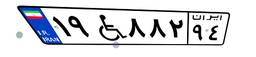
۱۹W۸۸۲۹۴